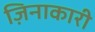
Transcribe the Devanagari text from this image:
ज़िनाकारी